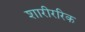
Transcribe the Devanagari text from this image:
शारीररिक